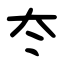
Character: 冭